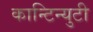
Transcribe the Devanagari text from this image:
कान्टिन्युटी